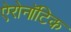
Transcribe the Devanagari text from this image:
ऐरोनॉटिक